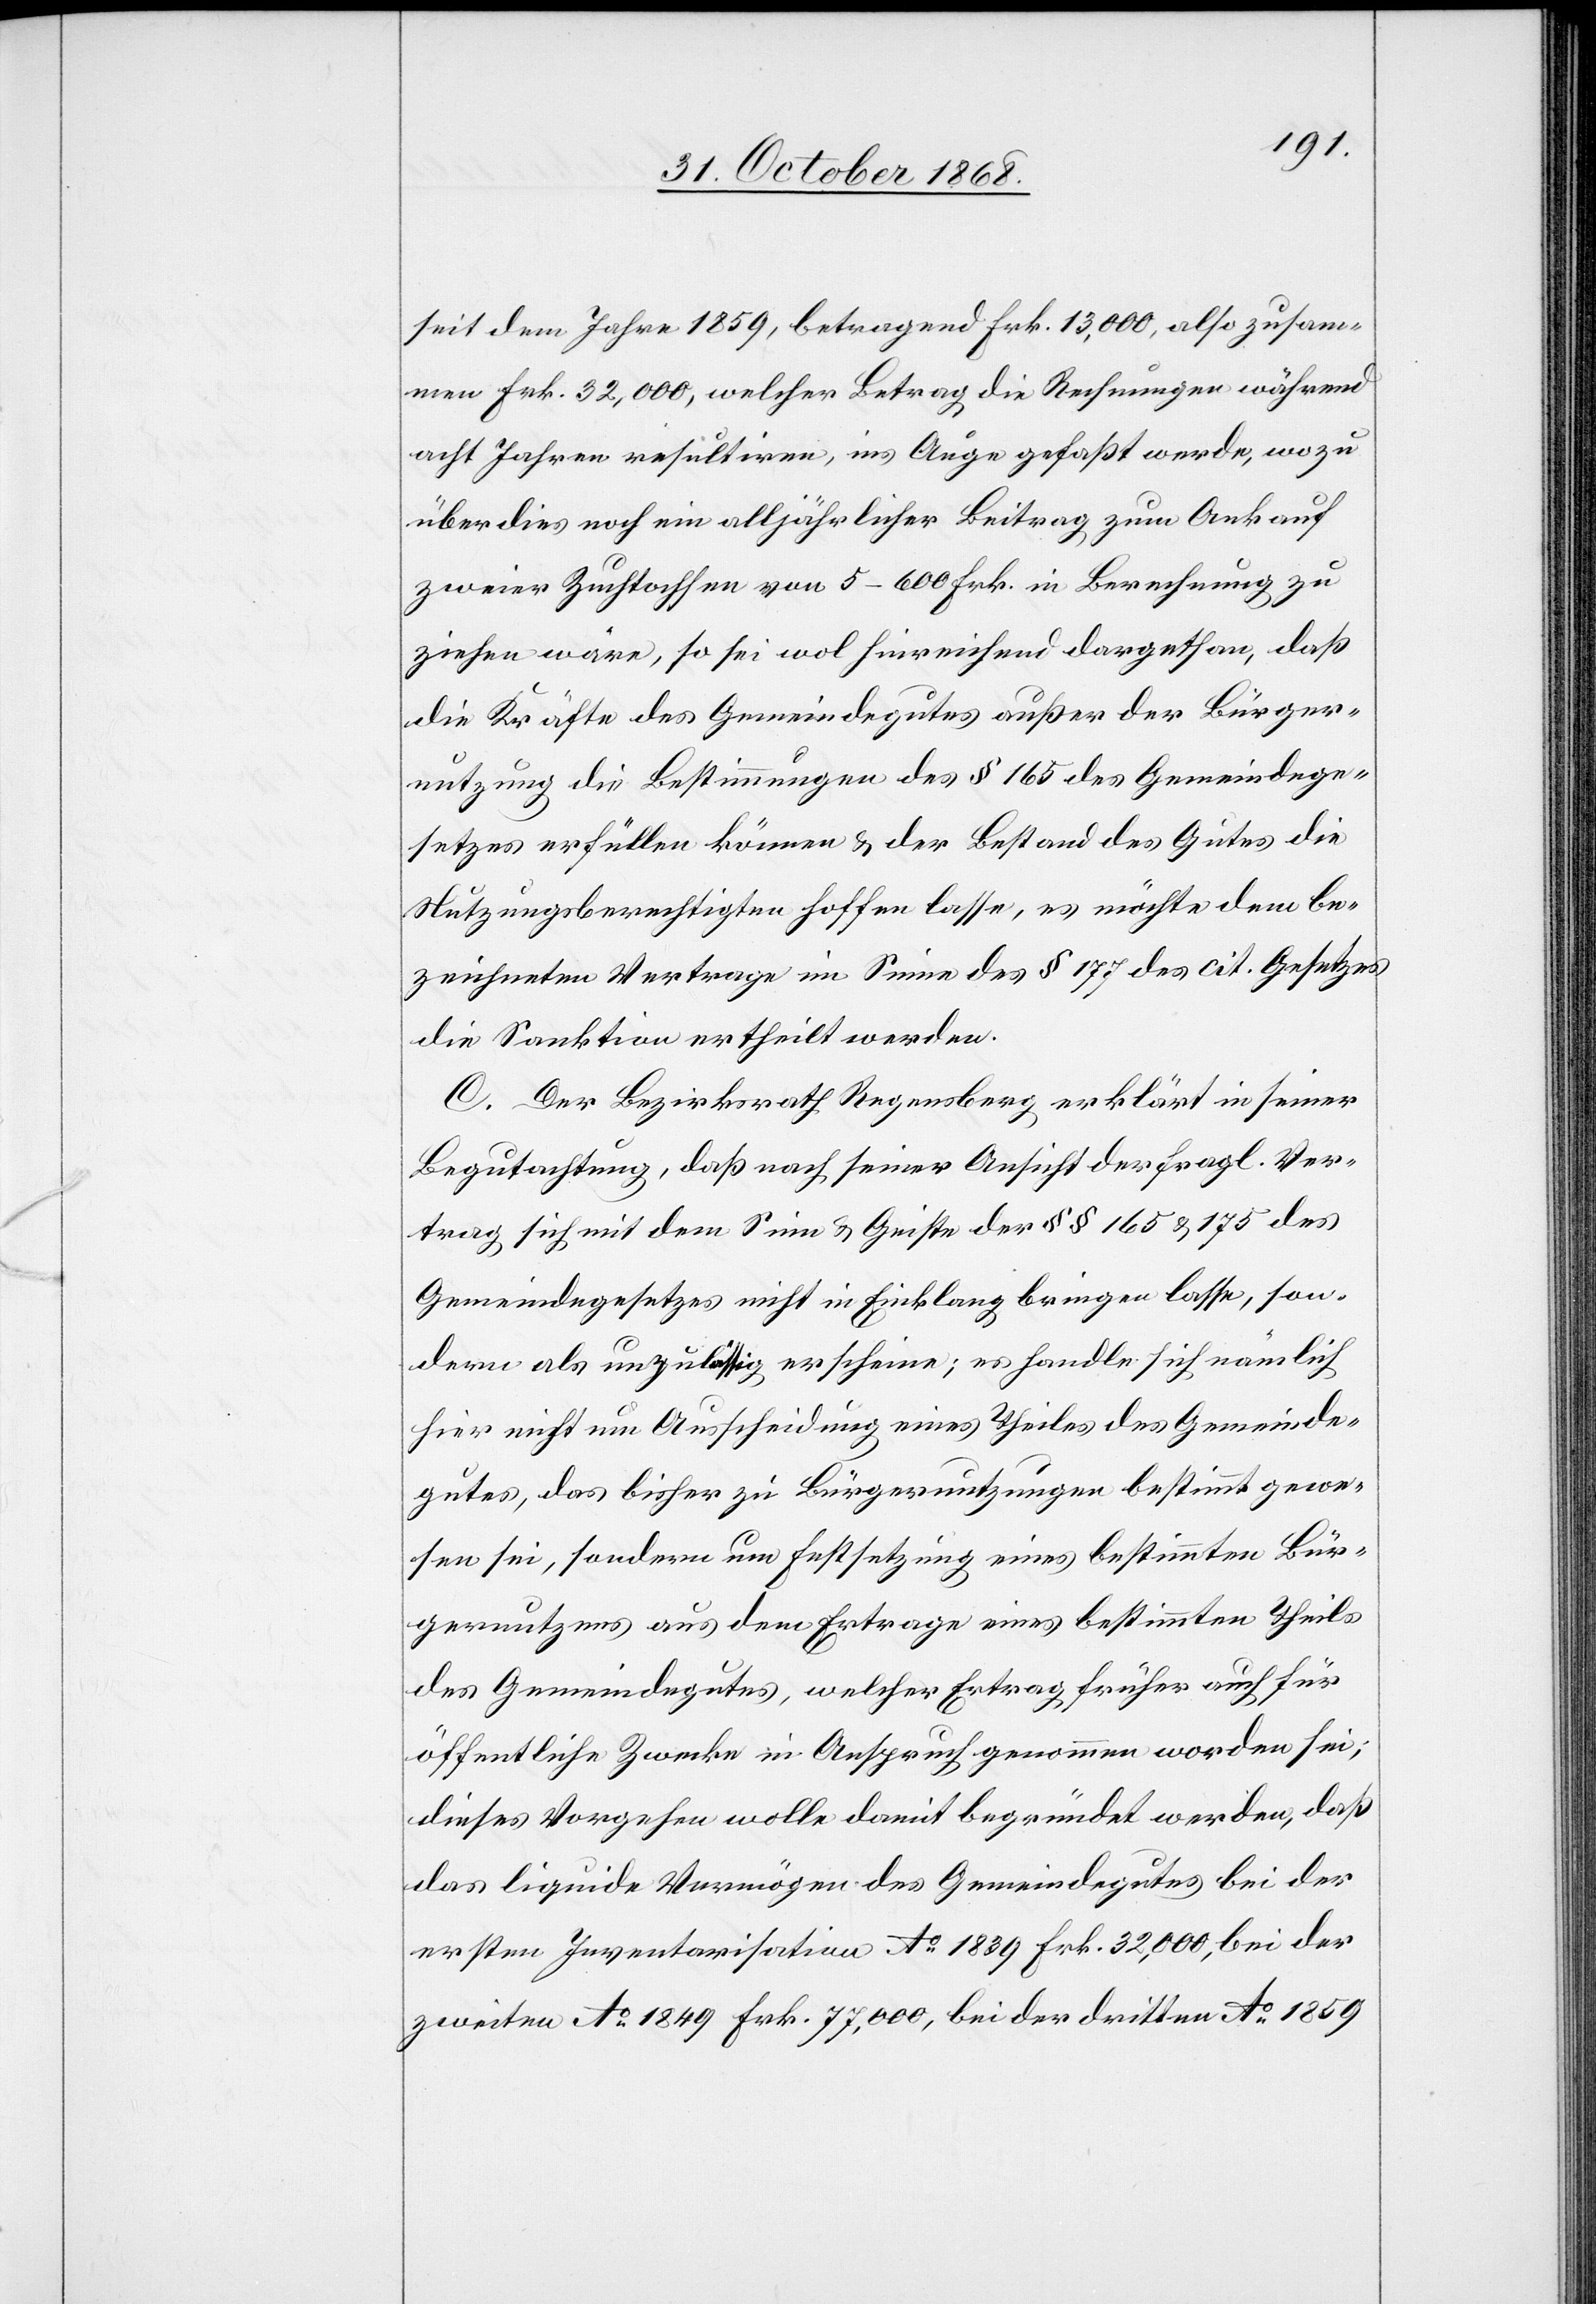
seit dem Jahre 1859, betragend Frk. 13,000, also zusam¬
men Frk. 32,000, welcher Betrag die Rechnungen während
acht Jahren resultiren, ins Auge gefaßt werde, wozu
überdies noch ein alljährlicher Beitrag zum Ankauf
zweier Zuchtochsen von 5–600 Frk. in Berechnung zu
ziehen wäre, so sei wol hinreichend dargethan, daß
die Kräfte des Gemeindegutes außer der Bürger¬
nutzung die Bestimmungen des § 165 des Gemeindege¬
setzes erfüllen können & der Bestand des Gutes die
Nutzungsberechtigten hoffen lasse, es möchte dem be¬
zeichneten Vertrage im Sinne des § 177 des cit. Gesetzes
die Sanktion ertheilt werden.
C. Der Bezirksrath Regensberg erklärt in seiner
Begutachtung, daß nach seiner Ansicht der fragl. Ver¬
trag sich mit dem Sinn & Geiste der §§ 165 & 175 des
Gemeindegesetzes nicht in Einklang bringen lasse, son¬
dern als unzulässig erscheine; es handle sich nämlich
hier nicht um Ausscheidung eines Theiles des Gemeinde¬
gutes, das bisher zu Bürgernutzungen bestimmt gewe¬
sen sei, sondern um Festsetzung eines bestimmten Bür¬
gernutzens aus dem Ertrage eines bestimmten Theils
des Gemeindegutes, welcher Ertrag früher auch für
öffentliche Zwecke in Anspruch genommen worden sei;
dieses Vorgehen wolle damit begründet werden, daß
das liquide Vermögen des Gemeindegutes bei der
ersten Inventarisation Ao 1839 Frk. 32,000, bei der
zweiten Ao 1849 Frk. 77,000, bei der dritten Ao 1859